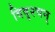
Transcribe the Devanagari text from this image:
विवृश्चन्